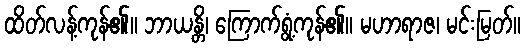
ထိတ်လန့်ကုန်၏။ ဘာယန္တိ၊ ကြောက်ရွံ့ကုန်၏။ မဟာရာဇ၊ မင်းမြတ်။